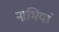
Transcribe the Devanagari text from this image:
नाभियां